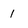
Character: 1